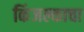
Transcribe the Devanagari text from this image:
किंजल्काचा